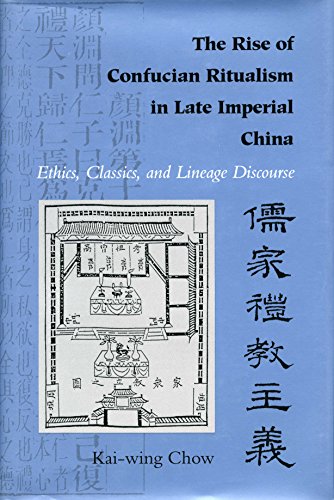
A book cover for The Rise of Confucian Ritualism in Late Imperial China: Ethics, Classics, and Lineage Discourse; Kai-Wing Chow; Religion & Spirituality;